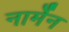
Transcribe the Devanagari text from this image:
नार्मेन